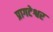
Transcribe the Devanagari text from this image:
प्रागटेश्वर